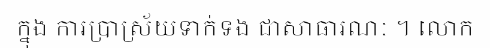
ក្នុង ការប្រាស្រ័យទាក់ទង ជាសាធារណៈ ។ លោក